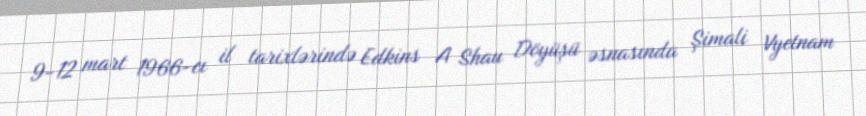
9-12 mart 1966-cı il tarixlərində Edkins A Shau Döyüşü əsnasında Şimali Vyetnam